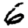
Digit: 6